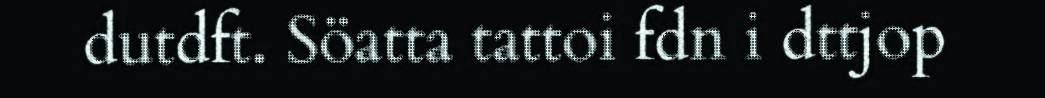
dutdft. Söatta tattoi fdn i dttjop